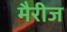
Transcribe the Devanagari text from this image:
मैरीज